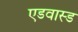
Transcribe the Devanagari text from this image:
एडवास्ड